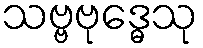
သဗ္ဗဗုဒ္ဓေသု